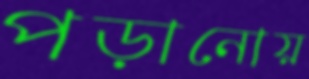
পড়ানোয়